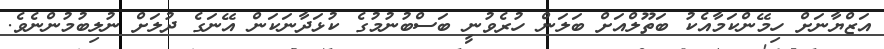
އަޒްޔާނަށް ހިމޭންކަމާއެކު ބަތޫލްއަށް ބަލަން ހުރެވުނީ ބަސްބުނުމުގެ ކުޅަދާނަކަން އޭނަގެ ދުލަށް ނުލިބުމުންނެވެ.